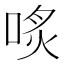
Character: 𠶨